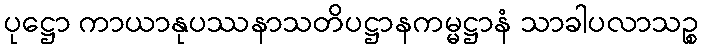
ပုဋ္ဌော ကာယာနုပဿနာသတိပဋ္ဌာနကမ္မဋ္ဌာနံ သာခါပလာသဉ္စ